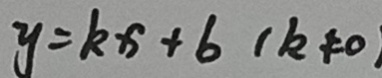
y = k x + 6 ( k \neq 0 )